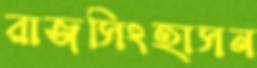
রাজসিংহাসন